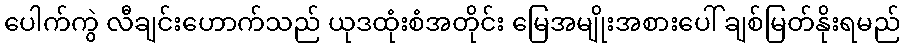
ပေါက်ကွဲ လီချင်းဟောက်သည် ယုဒထုံးစံအတိုင်း မြေအမျိုးအစားပေါ် ချစ်မြတ်နိုးရမည်